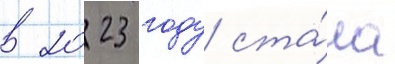
в 2023 году ста́ла